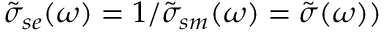
\tilde { \sigma } _ { s e } ( \omega ) = 1 / \tilde { \sigma } _ { s m } ( \omega ) = \tilde { \sigma } ( \omega ) )